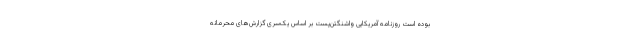
بوده است روزنامه آمریکایی واشنگتن‌پست بر اساس یک‌سری گزارش‌های محرمانه